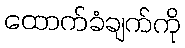
ထောက်ခံချက်ကို